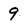
Character: 9